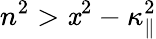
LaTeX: n^{2}>\mathit{x}^{2}-\kappa_{\| }^{2}